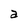
Character: a